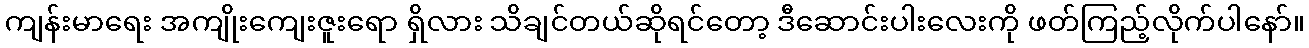
ကျန်းမာရေး အကျိုးကျေးဇူးရော ရှိလား သိချင်တယ်ဆိုရင်တော့ ဒီဆောင်းပါးလေးကို ဖတ်ကြည့်လိုက်ပါနော်။